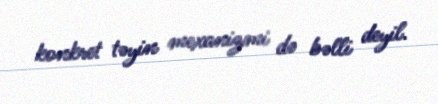
konkret təyin mexanizmi də bəlli deyil.